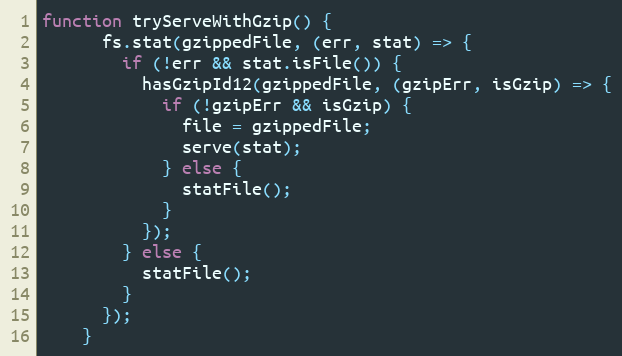
Language: JavaScript
function tryServeWithGzip() {
      fs.stat(gzippedFile, (err, stat) => {
        if (!err && stat.isFile()) {
          hasGzipId12(gzippedFile, (gzipErr, isGzip) => {
            if (!gzipErr && isGzip) {
              file = gzippedFile;
              serve(stat);
            } else {
              statFile();
            }
          });
        } else {
          statFile();
        }
      });
    }